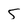
Character: 5